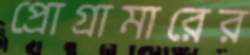
প্রোগ্রামারের